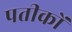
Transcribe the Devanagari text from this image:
पतीकों